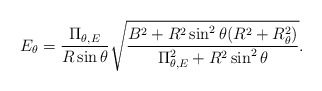
\begin{align*}E_{\theta} = \frac{\Pi_{\theta,E}}{R \sin \theta}\sqrt{\frac{B^2 + R^2 \sin^2 \theta (R^2 + R_{\theta}^2)} {\Pi_{\theta,E}^2 + R^2 \sin^2 \theta} }.\end{align*}